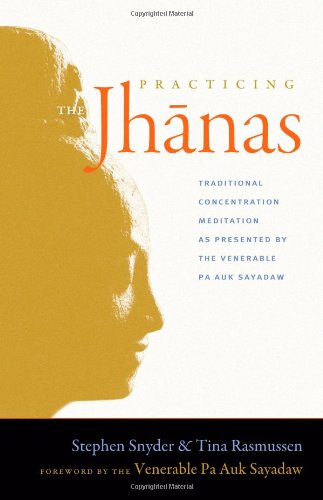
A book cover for Practicing the Jhanas: Traditional Concentration Meditation as Presented by the Venerable Pa Auk Sayadaw; Stephen Snyder; Religion & Spirituality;